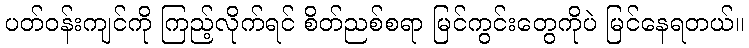
ပတ်ဝန်းကျင်ကို ကြည့်လိုက်ရင် စိတ်ညစ်စရာ မြင်ကွင်းတွေကိုပဲ မြင်နေရတယ်။